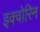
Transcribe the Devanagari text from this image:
इक्वोरिन